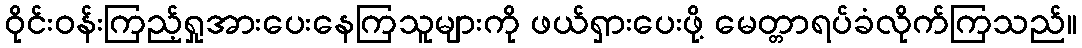
ဝိုင်းဝန်းကြည့်ရှုအားပေးနေကြသူများကို ဖယ်ရှားပေးဖို့ မေတ္တာရပ်ခံလိုက်ကြသည်။